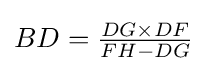
BD={\tfrac {DG\times DF}{FH-DG}}